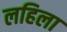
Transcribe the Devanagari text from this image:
लहिला